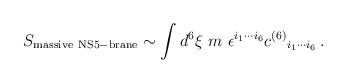
\begin{align*}S_{\rm massive\ NS5-brane} \sim \int d^6\xi\ m\ \epsilon^{i_1\cdots i_6}c^{(6)}{}_{i_1\cdots i_6}\, .\end{align*}